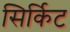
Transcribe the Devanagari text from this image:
सिर्किट